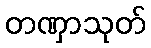
တဏှာသုတ်